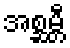
အစ္ဆမ္ဘီ